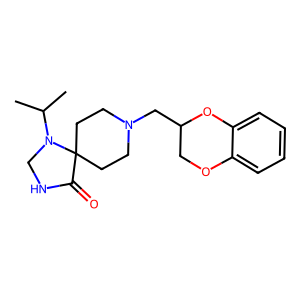
SMILES: CC(C)N1CNC(=O)C12CCN(CC1COc3ccccc3O1)CC2
Inhibits HIV replication: No